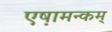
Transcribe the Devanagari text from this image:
एष़ामन्कम्